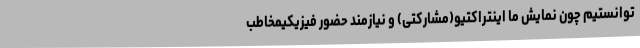
‌توانستیم چون نمایش ما اینتراکتیو(مشارکتی) و نیازمند حضور فیزیکیمخاطب